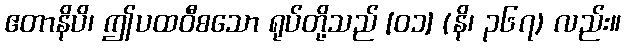
ဧတာနိပိ၊ ဤပထဝီစသော ရုပ်တို့သည် [၀၁] (နိ၊ ၃၆၇) လည်း။